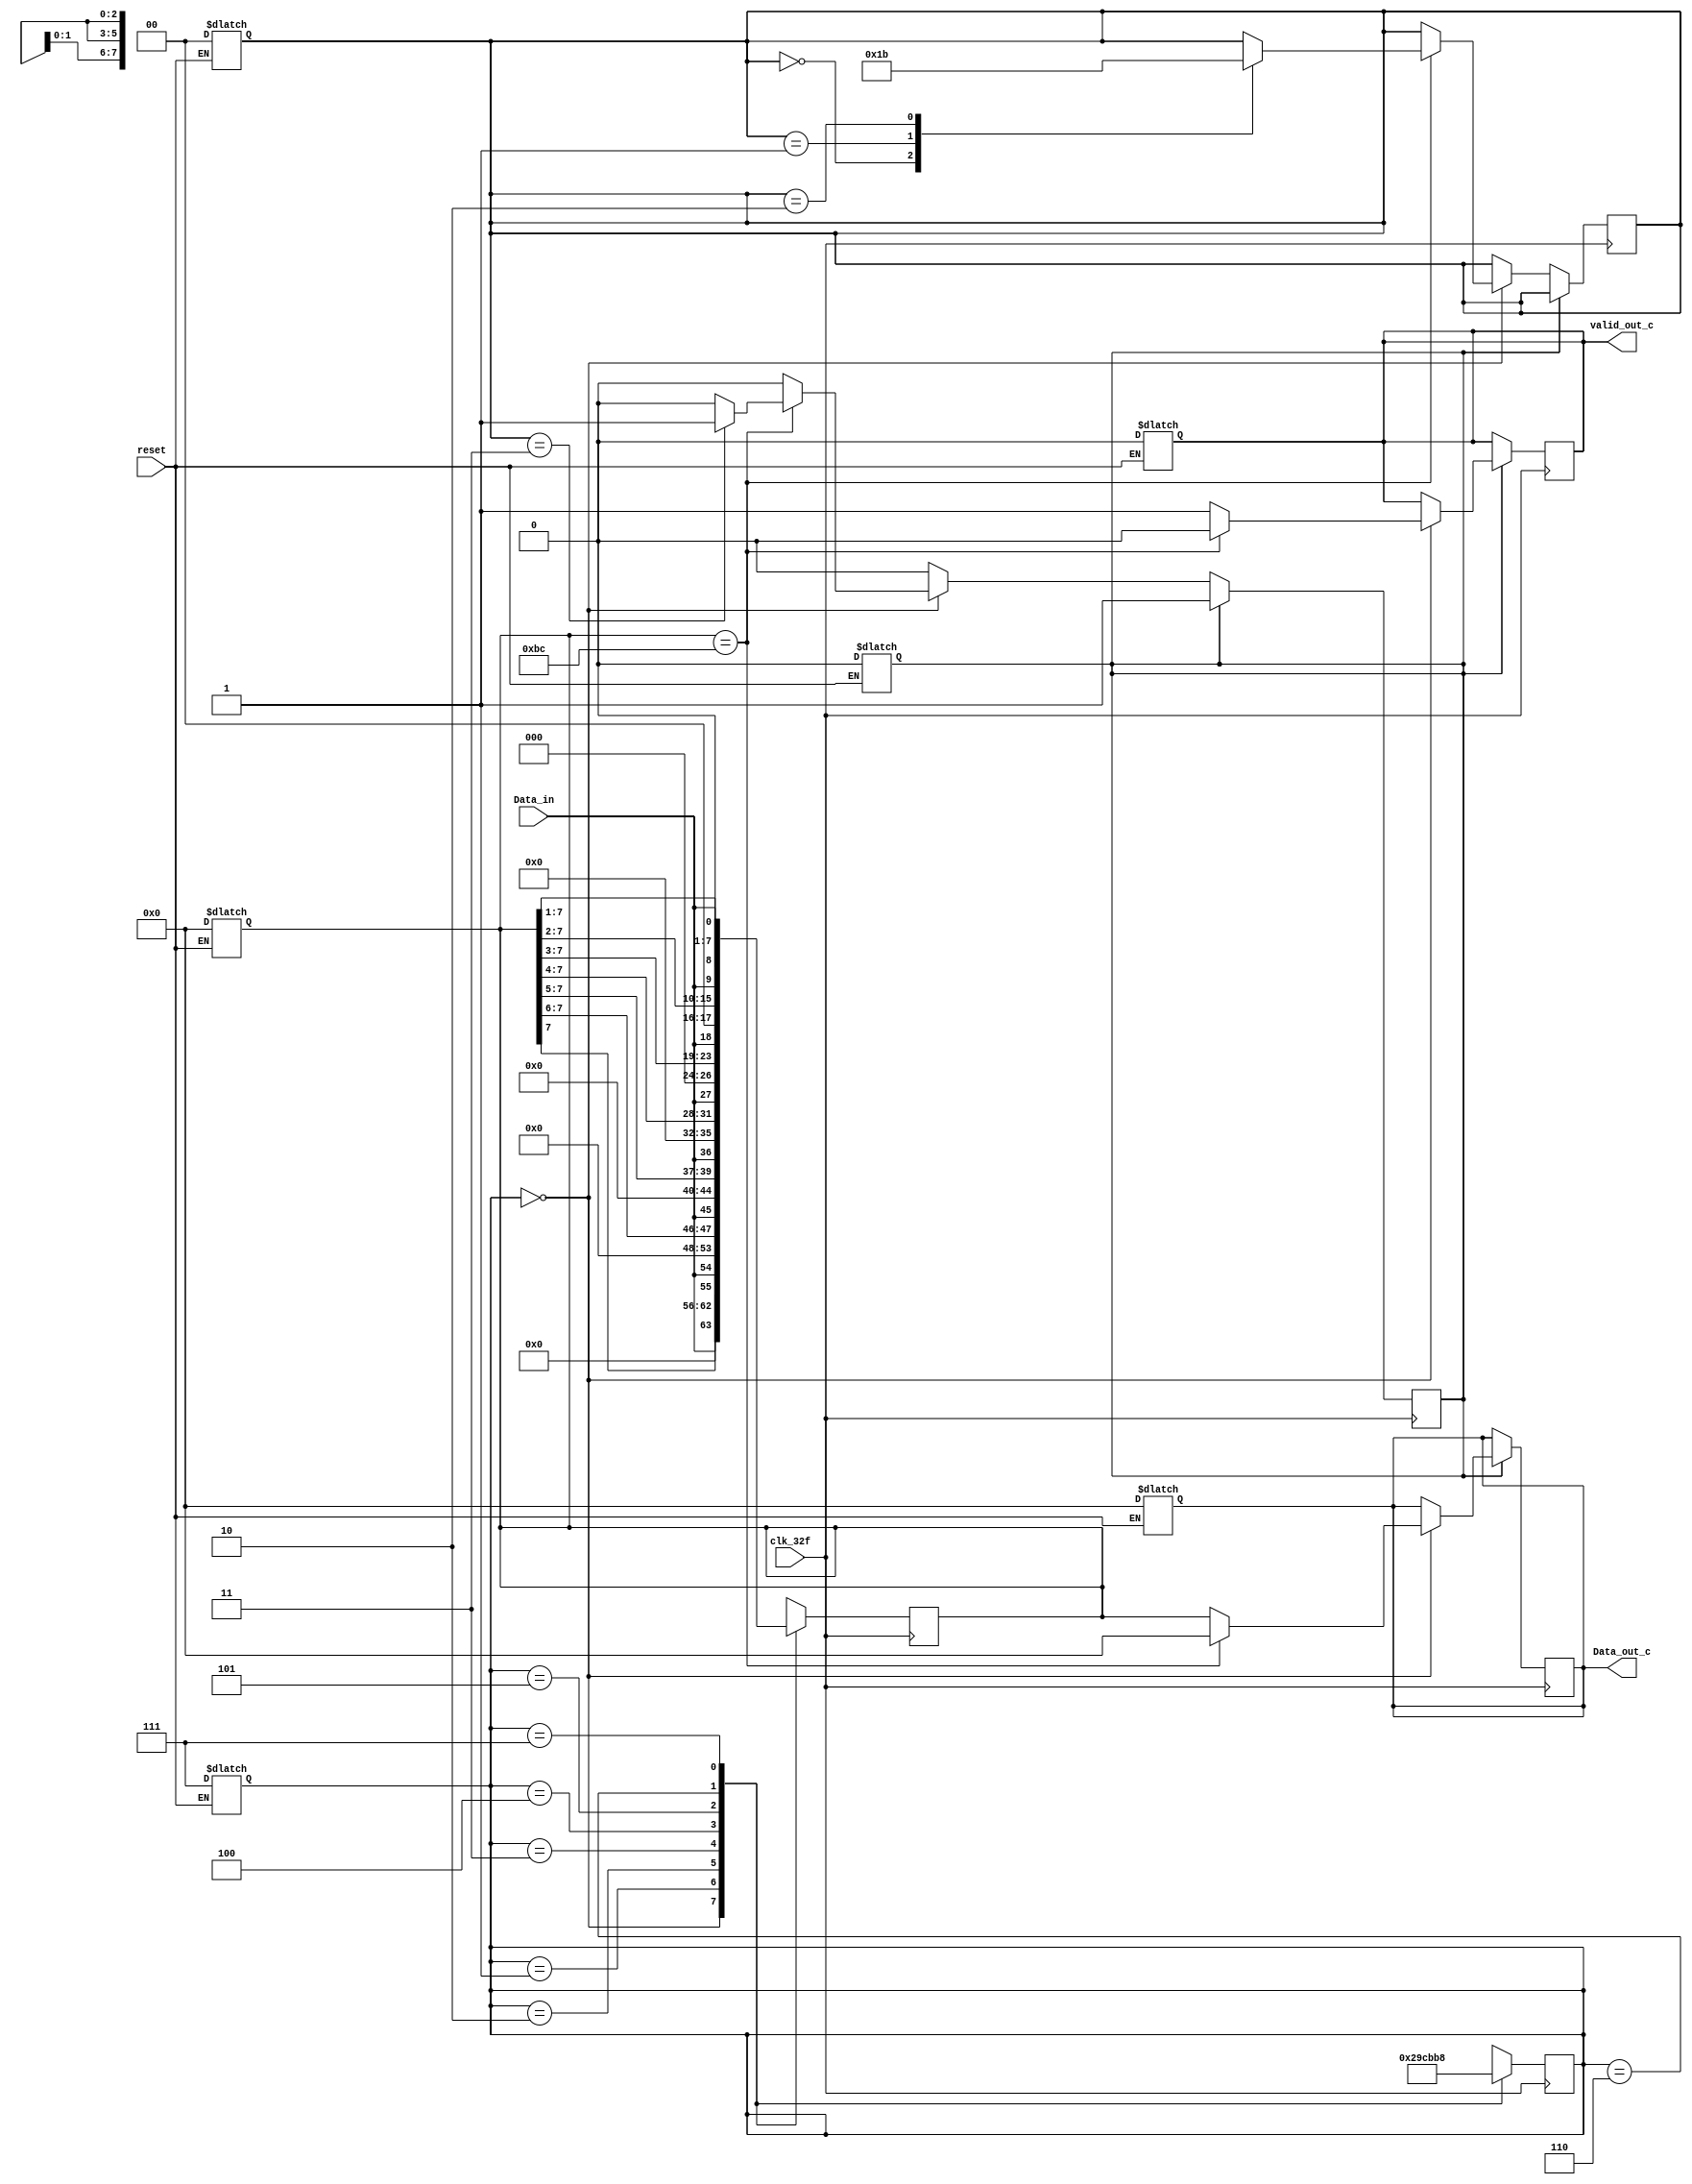
module serial_parallel_c (
	input clk_32f,
	input reset,
	input Data_in,
	output reg valid_out_c,
	output reg [7:0] Data_out_c
);
	reg [7:0] memoria;
	reg [2:0] contador;
	reg [1:0] BC_count;
	reg active;

	always @(*) begin
		if (reset == 0) begin
			valid_out_c <= 0;
			Data_out_c <= 8'b0;
			memoria <= 8'b0;
			contador <= 'b111;
			BC_count <= 2'b0;
			active <= 0;
		end
	end

	always @(posedge clk_32f) begin
		if (active) begin
			case (contador)
				3'b000:
				begin
					if (memoria == 'hBC) begin
						valid_out_c <= 0;
						Data_out_c <= 8'b0;
					end
					else begin
						valid_out_c <= 1;
						Data_out_c <= memoria;
					end
					contador <= 3'b001;
					memoria <= {Data_in, 7'b0};
				end
				3'b001:
				begin
					contador <= 3'b010;
					memoria <= {memoria[7], Data_in, 6'b0};
				end
				3'b010:
				begin
					contador <= 3'b011;
					memoria <= {memoria[7:6], Data_in, 5'b0}; 
				end
				3'b011:
				begin
					contador <= 3'b100;
					memoria <= {memoria[7:5], Data_in, 4'b0};
				end
				3'b100:
				begin
					contador <= 3'b101;
					memoria <= {memoria[7:4], Data_in, 3'b0};
				end
				3'b101:
				begin
					contador <= 3'b110;
					memoria <= {memoria[7:3], Data_in, 2'b0};
				end
				3'b110:
				begin
					contador <= 3'b111;
					memoria <= {memoria[7:2], Data_in, 1'b0};
				end
				3'b111:
				begin
					contador <= 3'b000;
					memoria <= {memoria[7:1], Data_in};
				end
			endcase
		end
		else begin
			case (contador)
				3'b000:
				begin
					if (memoria == 'hBC) begin
						case (BC_count)
							2'b00: BC_count <= 2'b01;
							2'b01: BC_count <= 2'b10;
							2'b10: BC_count <= 2'b11;
							2'b11: active <= 1;
						endcase
					end
					contador <= 3'b001;
					memoria <= {Data_in, 7'b0};
				end
				3'b001:
				begin
					contador <= 3'b010;
					memoria <= {memoria[7], Data_in, 6'b0};
				end
				3'b010:
				begin
					contador <= 3'b011;
					memoria <= {memoria[7:6], Data_in, 5'b0}; 
				end
				3'b011:
				begin
					contador <= 3'b100;
					memoria <= {memoria[7:5], Data_in, 4'b0};
				end
				3'b100:
				begin
					contador <= 3'b101;
					memoria <= {memoria[7:4], Data_in, 3'b0};
				end
				3'b101:
				begin
					contador <= 3'b110;
					memoria <= {memoria[7:3], Data_in, 2'b0};
				end
				3'b110:
				begin
					contador <= 3'b111;
					memoria <= {memoria[7:2], Data_in, 1'b0};
				end
				3'b111:
				begin
					contador <= 3'b000;
					memoria <= {memoria[7:1], Data_in};
				end
			endcase
		end
	end
endmodule